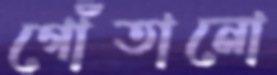
গোঁতানো